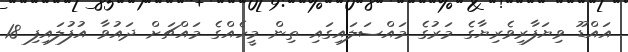
އައްޑޫ ވިޔަފާރިވެރިޔާގެ މަރުގެ މައްސަލައިގައި ތިން މީހެއްގެ މައްޗަށް ދައުވާ އުފުލައިފި 18